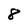
Character: 8